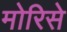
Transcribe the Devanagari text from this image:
मोरिसे